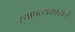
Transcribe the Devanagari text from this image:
स्थापत्यकाराने